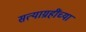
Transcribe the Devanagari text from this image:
सत्याग्रहींच्या